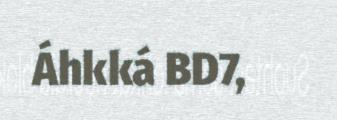
Áhkká BD7,